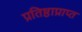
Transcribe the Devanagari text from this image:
प्रतिष्ठाप्राप्त